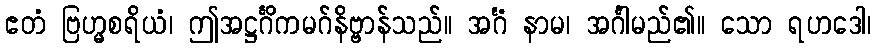
ဧတံ ဗြဟ္မစရိယံ၊ ဤအဋ္ဌင်္ဂိကမဂ်နိဗ္ဗာန်သည်။ အင်္ဂံ နာမ၊ အင်္ဂါမည်၏။ သော ရဟဒေါ၊